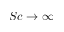
S c \rightarrow \infty